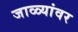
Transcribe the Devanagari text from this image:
जाळ्यांवर